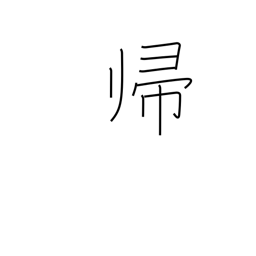
Meaning: homecoming